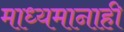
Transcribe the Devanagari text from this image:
माध्यमानाही